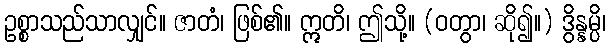
ဥစ္စာသည်သာလျှင်။ ဇာတံ၊ ဖြစ်၏။ ဣတိ၊ ဤသို့။ (ဝတွာ၊ ဆို၍။) ဒွိန္နမ္ပိ၊